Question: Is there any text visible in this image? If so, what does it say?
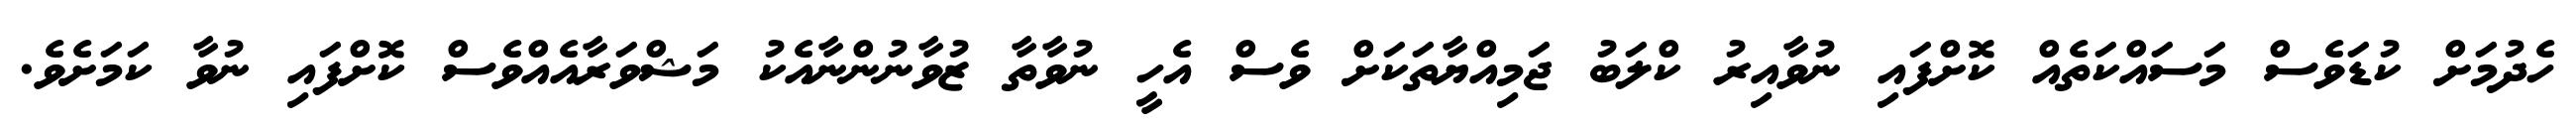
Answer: ހެދުމަށް ކުޑަވެސް މަސައްކަތެއް ކޮށްފައި ނުވާއިރު ކްލަބު ޖަމިއްޔާތަކަށް ވެސް އެހީ ނުވާތާ ޒުވާނުންނާއެކު މަޝްވަރާއެއްވެސް ކޮށްފައި ނުވާ ކަމަށެވެ.